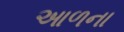
આળના